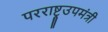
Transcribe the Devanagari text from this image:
परराष्ट्रउपमंत्री